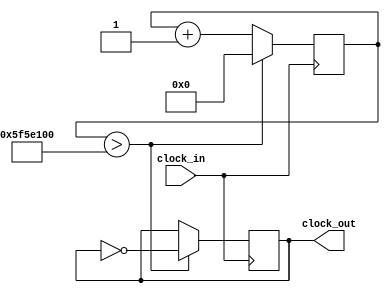
`timescale 1ns / 1ps
//////////////////////////////////////////////////////////////////////////////////
// Company: 
// Engineer: 
// 
// Design Name: 
// Module Name: Blinky_10MHz
// Project Name: 
// Target Devices: 
// Tool Versions: 
// Description: 
// 
// Dependencies: 
// 
// Revision:
// Revision 0.01 - File Created
// Additional Comments:
// 
//////////////////////////////////////////////////////////////////////////////////


module Blinky_1Hz(clock_in, clock_out);
 input clock_in; // System clock
 output clock_out; // Low-frequency clock
 reg [31:0] counter_out; // register for storing values
 reg clock_out; // register buffer for output port

 initial begin
    counter_out<=32'h00000000; // 0 in Hexadecimal format
    clock_out<=0;
 end
 
 //this always block runs on the fast 100MHz clock
 always @(posedge clock_in)
 begin
    counter_out<=counter_out + 32'h00000001; // Adding one at every clock pulse
    if (counter_out>32'h5F5E100) // If count value reaches to 100000000 = 10^8
    begin
        counter_out<=32'h00000000; // reset the counter
        clock_out <= ~clock_out; // and invert the clock pulse level
    end
 end
 
 endmodule